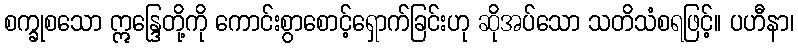
စက္ခုစသော ဣန္ဒြေတို့ကို ကောင်းစွာစောင့်ရှောက်ခြင်းဟု ဆိုအပ်သော သတိသံစရဖြင့်။ ပဟီနာ၊